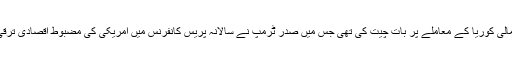
اس سے پہلے جمعرات کو دونوں نے شمالی کوریا کے معاملے پر بات چیت کی تھی جس میں صدر ٹرمپ نے سالانہ پریس کانفرنس میں امریکی کی مضبوط اقصادی ترقی کو تسلیم کرنے پر ان کا شکریہ ادا کیا۔